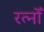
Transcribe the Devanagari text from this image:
रत्नोँ